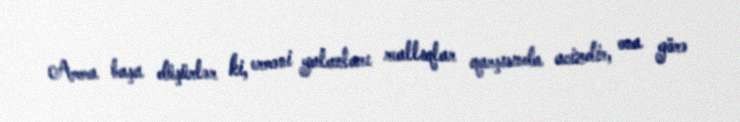
Amma başa düşürlər ki, erməni yalanları reallıqlar qarşısında acizdir, ona görə